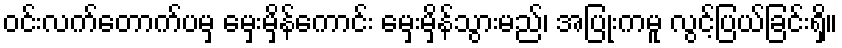
ဝင်းလက်တောက်ပမှ မှေးမှိန်ကောင်း မှေးမှိန်သွားမည်၊ အပြုံးကမူ လွင့်ပြယ်ခြင်းရှိ။